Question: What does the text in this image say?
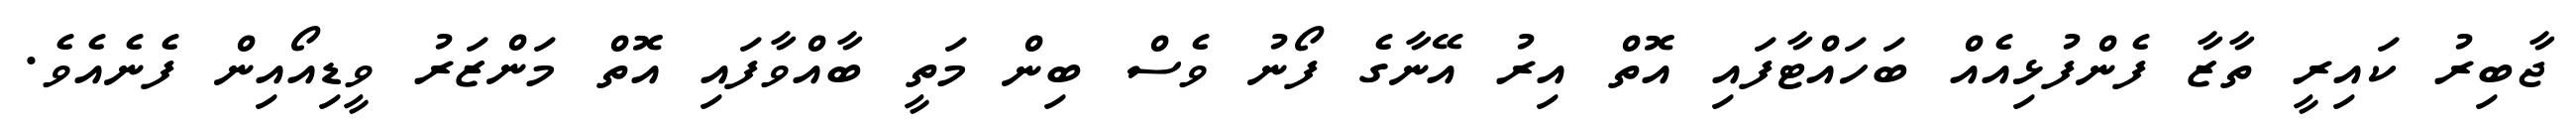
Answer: ޖާބިރު ކައިރީ ތާޒާ ފެންފުޅިއެއް ބަހައްޓާފައި އޮތް އިރު އޭނާގެ ފޯނު ވެސް ބިން މަތީ ބާއްވާފައި އޮތް މަންޒަރު ވީޑިއޯއިން ފެނެއެވެ.